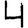
Digit: 4